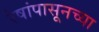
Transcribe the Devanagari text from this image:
रेषांपासूनच्या